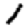
Digit: 1